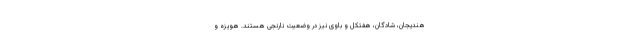
هندیجان، شادگان، هفتکل و باوی نیز در وضعیت نارنجی هستند. هویزه و